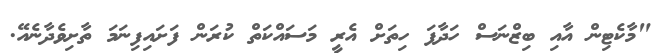
"މާކެޓިން އާއި ބިޒްނަސް ހަދާފަ ހިތަށް އެރީ މަސައްކަތް ކުރަން ފަށައިފިނަމަ ތާށިވެދާނެއޭ.